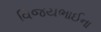
વિજયભાઈના